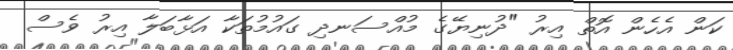
ކަން އެހެން އޮތް އިރު "ދުނިޔޭގެ މުއްސަނދި ގައުމުތަކާ އަޅާބަލާ އިރު ވެސް